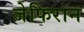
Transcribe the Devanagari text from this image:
जेफिरान